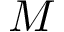
M